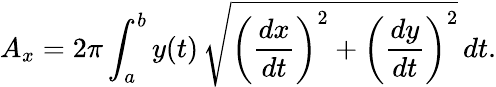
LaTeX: A_{x}=2\pi\int_{a}^{b}y(t)\, {\sqrt{\left({\frac{dx}{dt}}\right)^{2}+\left({\frac{dy}{dt}}\right)^{2}}}\, dt.